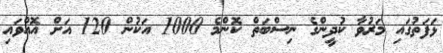
ޅަފަތުގައި މަރުވާ ކުދީންގެ ނިސްބަތް ކޮންމެ 1000 އަކުން 120 އަށް އޮއްވައި